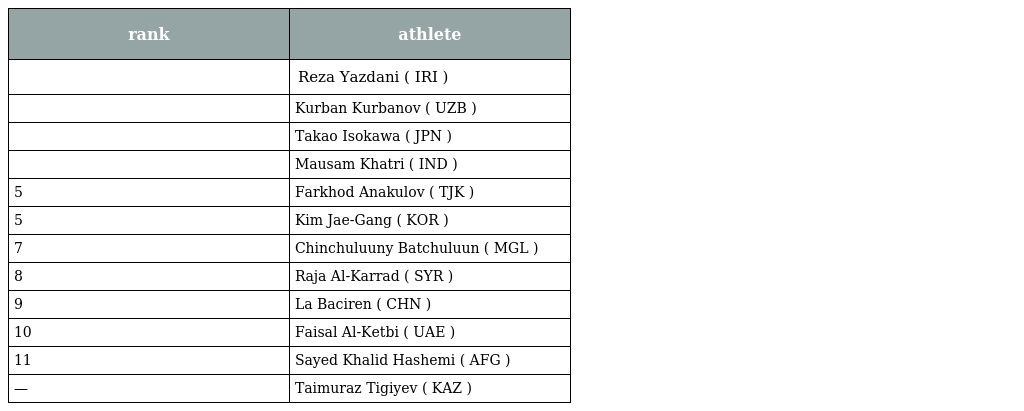
| rank | athlete |
 | --- | --- |
 |  | Reza Yazdani ( IRI ) |
 |  | Kurban Kurbanov ( UZB ) |
 |  | Takao Isokawa ( JPN ) |
 |  | Mausam Khatri ( IND ) |
 | 5 | Farkhod Anakulov ( TJK ) |
 | 5 | Kim Jae-Gang ( KOR ) |
 | 7 | Chinchuluuny Batchuluun ( MGL ) |
 | 8 | Raja Al-Karrad ( SYR ) |
 | 9 | La Baciren ( CHN ) |
 | 10 | Faisal Al-Ketbi ( UAE ) |
 | 11 | Sayed Khalid Hashemi ( AFG ) |
 | — | Taimuraz Tigiyev ( KAZ ) |